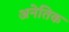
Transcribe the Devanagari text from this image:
अनेतिक